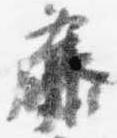
藤